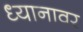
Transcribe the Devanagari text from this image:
ध्यानावर